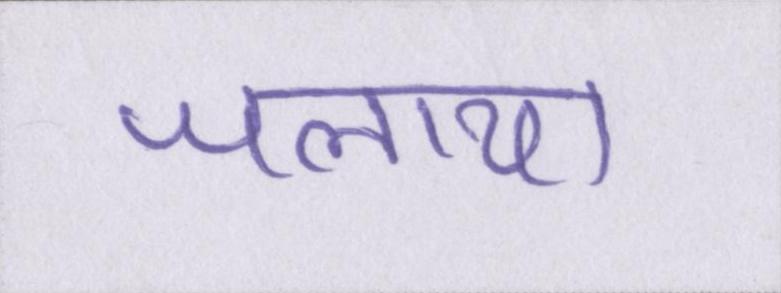
जलाया